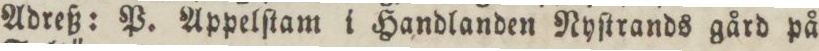
Adreß: P. Appelſtam i Handlanden Nyſtrands gård på